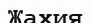
Жахия